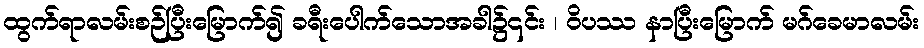
ထွက်ရာလမ်းစဉ်ပြီးမြောက်၍ ခရီးပေါက်သောအခါ၌၎င်း ၊ ဝိပဿ နာပြီးမြောက် မဂ်ခေမာလမ်း